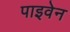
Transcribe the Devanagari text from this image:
पाइवेन